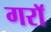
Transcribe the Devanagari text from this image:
गराॅ